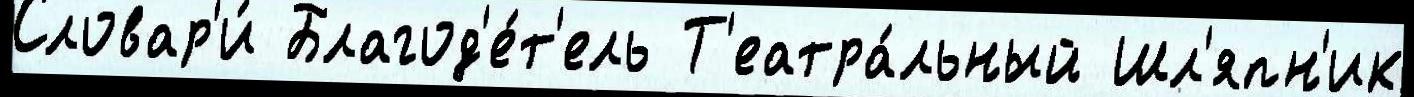
Словар'и́ Благод'е́т'ель Т'еатра́льный Шл'япн'ик